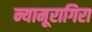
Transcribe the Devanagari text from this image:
न्यामूरागिरा